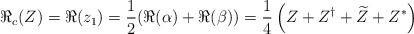
LaTeX: \begin{align*}\Re_c(Z) = \Re(z_1) = \frac 12 (\Re(\alpha) + \Re(\beta)) =\frac{1}{4}\left( Z+Z^\dag+ \widetilde{Z}+Z^* \right) \end{align*}